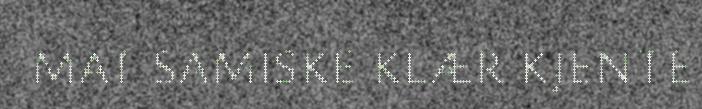
MAT SAMISKE KLÆR KJENTE